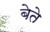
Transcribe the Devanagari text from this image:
बेते